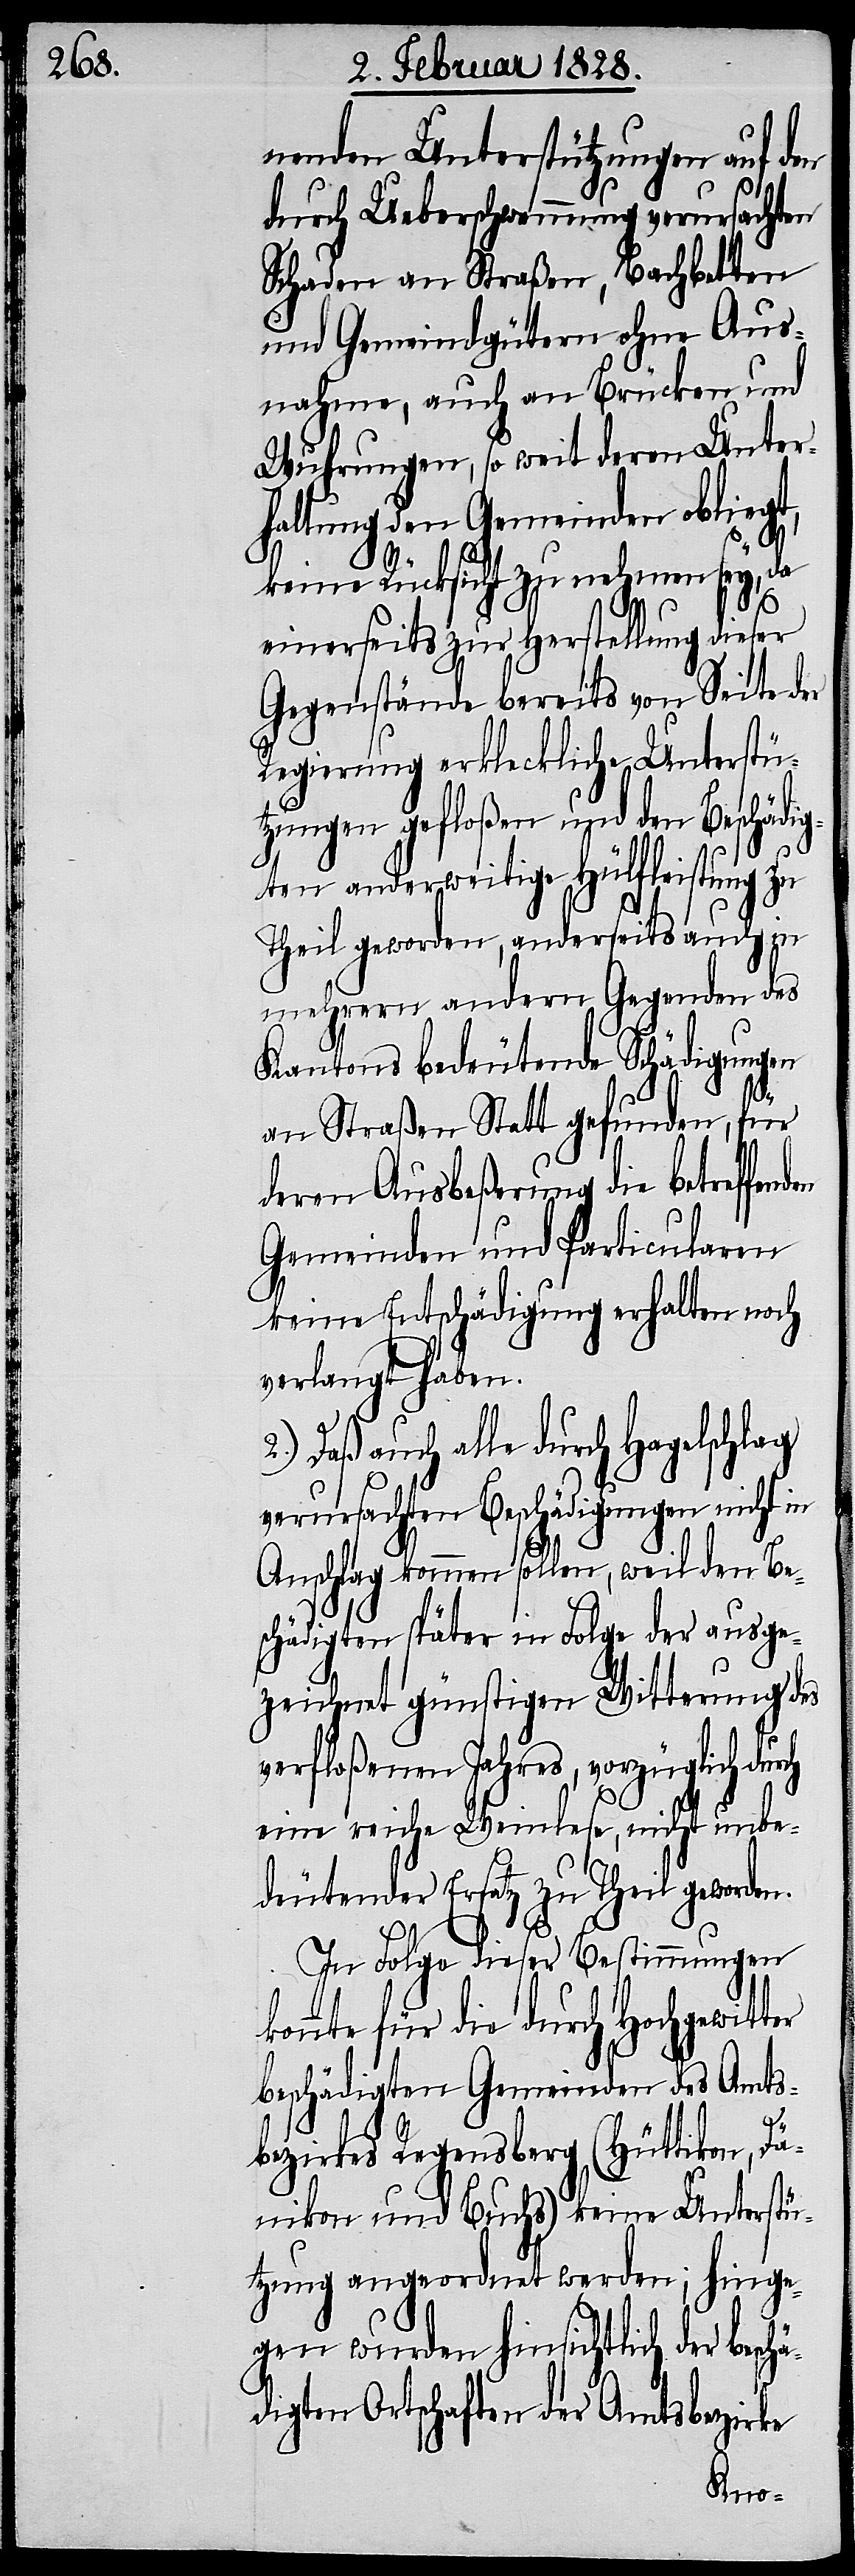
nenden Unterstützungen auf den
durch Ueberschwemmung verursachten
Schaden an Straßen, Bachbetten
und Gemeindgütern ohne Aus¬
nahme, auch an Brücken und
Wuhrungen, so weit deren Unter¬
haltung den Gemeinden obliegt,
keine Rücksicht zu nehmen sey, da
einerseits zur Herstellung dieser
Gegenstände bereits von Seite der
Regierung erkleckliche Unterstü¬
tzungen gefloßen und den Beschädig¬
ten anderweitige Hülfleistung zu
Theil geworden, anderseits auch in
mehrern andern Gegenden des
Kantons bedeutende Schädigungen
an Straßen Statt gefunden, für
deren Ausbeßerung die betreffen¬
Gemeinden und Particularen
keine Entschädigung erhalten noch
verlangt haben.
Daß auch alle durch Hagelschlag
verursachten Beschädigungen nicht in
Anschlag kommen sollen, weil den Be¬
schädigten später in Folge der ausge¬
zeichnet günstigen Witterung des
verfloßenen Jahres, vorzüglich dur¬
eine reiche Weinlese, nicht unbe¬
deutender Ersatz zu Theil geworden.
In Folge dieser Bestimmungen
onnte für die durch Hochgewit¬
beschädigten Gemeinden des Amts¬
ä¬
bezirkes Regensberg (Hüttikon, Dä¬
nikon und Buchs) keine Unterstü¬
tzung angeordnet werden; hinge¬
gen wurden hinsichtlich der besch¬
digten Ortschaften der Amtsbezirke